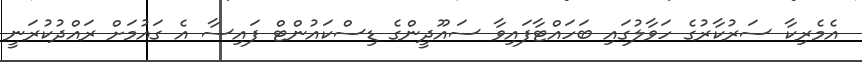
އެމެރިކާ ސަރުކާރުގެ ހަވާލުގައި ބަހައްޓާފައިވާ ސައޫދީންގެ ޑިސްކައުންޓް ފައިސާ އެ ގައުމަށް ރައްދުކުރަނީ